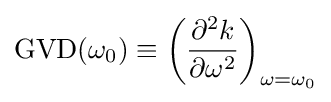
{\text{GVD}}(\omega _{0})\equiv \left({\frac {\partial ^{2}k}{\partial \omega ^{2}}}\right)_{\omega =\omega _{0}}